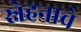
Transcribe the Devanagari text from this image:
स्नेहनाचे